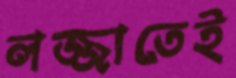
লজ্জাতেই